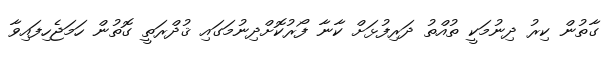
ގާތުން ކިރު ދިނުމަކީ ތުއްތު ދަރިފުޅަށް ކާނާ ފޯރުކޮށްދިނުމަގައި ޤުދްރަތީ ގޮތުން ހަމަޖެހިފައިވާ